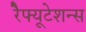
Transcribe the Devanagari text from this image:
रेैफ्यूटेशन्स